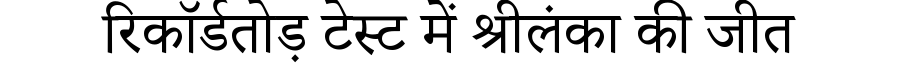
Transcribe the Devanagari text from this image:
रिकॉर्डतोड़ टेस्ट में श्रीलंका की जीत